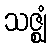
သဇ္ဈံ